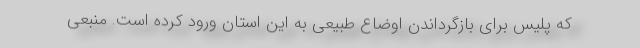
که پلیس برای بازگرداندن اوضاع طبیعی به این استان ورود کرده است. منبعی